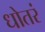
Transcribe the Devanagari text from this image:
धोतरं